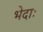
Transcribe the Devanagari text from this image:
भेदाः